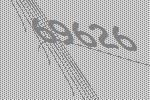
69626